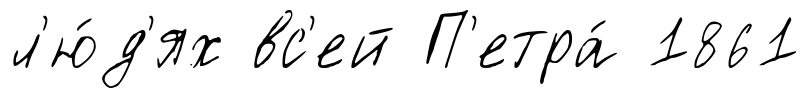
л'ю́д'ях вс'ей П'етра́ 1861